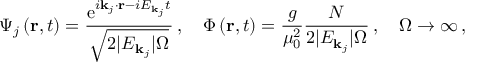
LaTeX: \Psi _ { j } \left( { \bf r } , t \right) = \frac { \mathrm { e } ^ { i { \bf k } _ { j } \cdot { \bf r } - i E _ { { \bf k } _ { j } } t } } { \sqrt { 2 \vert E _ { { \bf k } _ { j } } \vert \Omega } } \, , \quad \Phi \left( { \bf r } , t \right) = \frac { g } { \mu _ { 0 } ^ { 2 } } \frac { N } { 2 \vert E _ { { \bf k } _ { j } } \vert \Omega } \, , \quad \Omega \rightarrow \infty \, ,